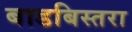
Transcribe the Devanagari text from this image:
बाडबिस्तरा